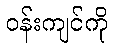
ဝန်းကျင်ကို